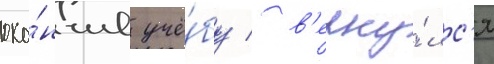
око́нчив учё́бу / в'ерну́лс'я